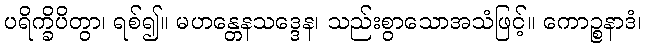
ပရိက္ခိပိတွာ၊ ရစ်၍။ မဟန္တေနသဒ္ဒေန၊ သည်းစွာသောအသံဖြင့်။ ကောဉ္စနာဒံ၊